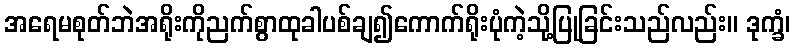
အရေမစုတ်ဘဲအရိုးကိုညက်စွာထုခါပစ်ချ၍ကောက်ရိုးပုံကဲ့သို့ပြုခြင်းသည်လည်း။ ဒုက္ခံ၊